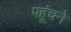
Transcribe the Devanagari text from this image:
पहूंचने